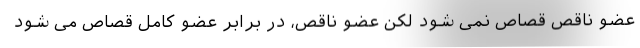
عضو ناقص قصاص نمی شود لکن عضو ناقص، در برابر عضو کامل قصاص می شود